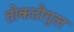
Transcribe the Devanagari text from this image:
तोकतोगुल